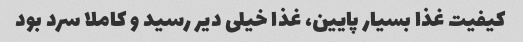
کیفیت غذا بسیار پایین، غذا خیلی دیر رسید و کاملا سرد بود